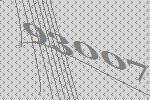
93007